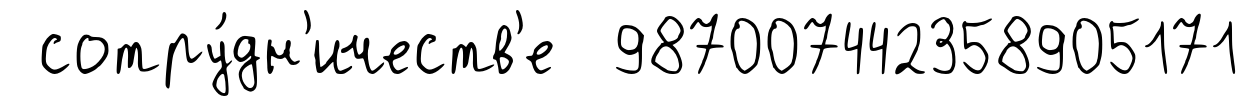
сотру́дн'ичеств'е 987007442358905171